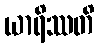
ယာရိဿတိ